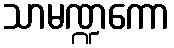
သာမဏ္ဍကော